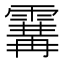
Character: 𩄢